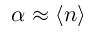
\alpha \approx \langle n \rangle